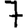
Digit: 7